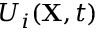
U _ { i } ( \mathbf { X } , t )